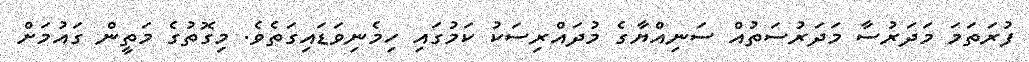
ފުރަތަމަ މަދަރުސާ މަދަރުސަތުއް ސަނިއްޔާގެ މުދައްރިސަކު ކަމުގައި ހިމެނިވަޑައިގަތެވެ. މިގޮތުގެ މަތީން ގައުމަށް